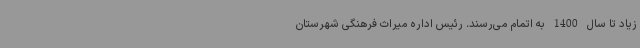
زیاد تا سال 1400 به اتمام می‌رسند. رئیس اداره میراث فرهنگی شهرستان